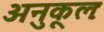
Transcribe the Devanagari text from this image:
अनुकूलः